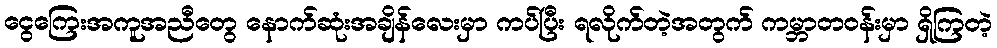
ငွေကြေးအကူအညီတွေ နောက်ဆုံးအချိန်လေးမှာ ကပ်ပြီး ရလိုက်တဲ့အတွက် ကမ္ဘာတဝန်းမှာ ရှိကြတဲ့